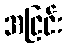
အငြင်း